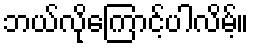
ဘယ်လိုကြောင့်ပါလိမ့်။